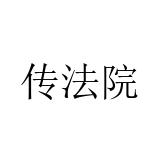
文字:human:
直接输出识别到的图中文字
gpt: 传法院